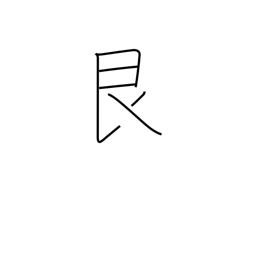
Meaning: stopping